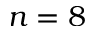
n = 8